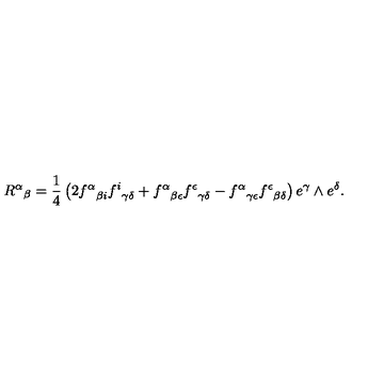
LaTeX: { R ^ { \alpha } } _ { \beta } = { \frac { 1 } { 4 } } \left( 2 { f ^ { \alpha } } _ { \beta i } { f ^ { i } } _ { \gamma \delta } + { f ^ { \alpha } } _ { \beta \epsilon } { f ^ { \epsilon } } _ { \gamma \delta } - { f ^ { \alpha } } _ { \gamma \epsilon } { f ^ { \epsilon } } _ { \beta \delta } \right) e ^ { \gamma } \wedge e ^ { \delta } .